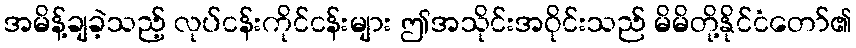
အမိန့်ချခဲ့သည့် လုပ်ငန်းကိုင်ငန်းများ ဤအသိုင်းအဝိုင်းသည် မိမိတို့နိုင်ငံတော်၏